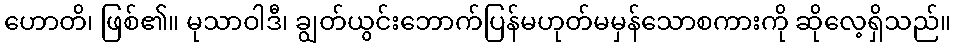
ဟောတိ၊ ဖြစ်၏။ မုသာဝါဒီ၊ ချွတ်ယွင်းဘောက်ပြန်မဟုတ်မမှန်သောစကားကို ဆိုလေ့ရှိသည်။